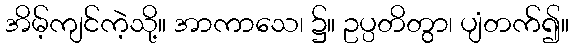
အိမ့်ကျင်ကဲ့သို့။ အာကာသေ၊ ၌။ ဥပ္ပတိတွာ၊ ပျံတက်၍။